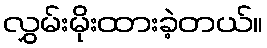
လွှမ်းမိုးထားခဲ့တယ်။